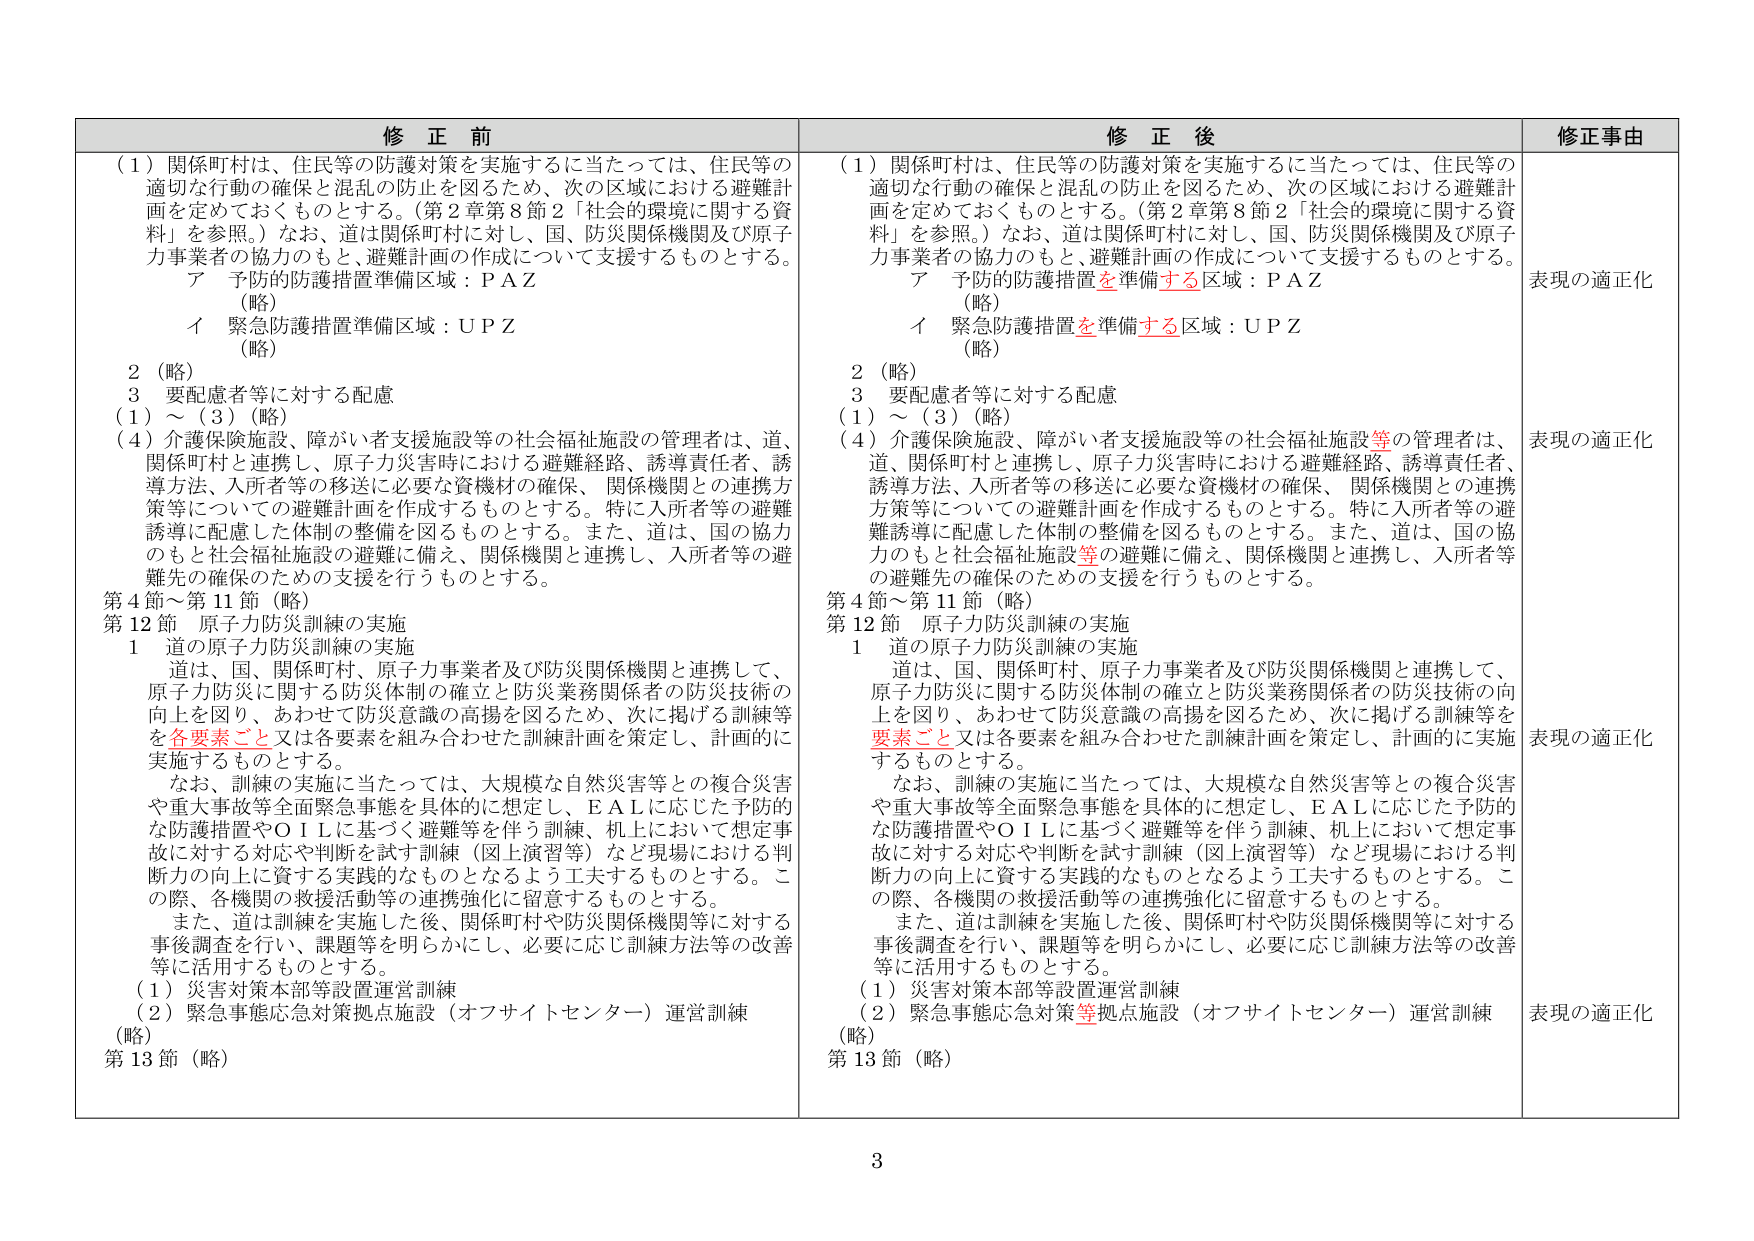
修正前
（1）関係町村は、住民等の防護対策を実施するに当たっては、住民等の適切な行動の確保と混乱の防止を図るため、次の区域における避難計画を定めておくものとする。（第2章第8節2「社会的環境に関する資料」を参照。）なお、道は関係町村に対し、国、防災関係機関及び原子力事業者の協力のもと、避難計画の作成について支援するものとする。
ア 予防的防護措置準備区域：ＰＡＺ
（略）
イ 緊急防護措置準備区域：ＵＰＺ
（略）
2 （略）
3 要配慮者等に対する配慮
（1）～（3）（略）
（4）介護保険施設、障がい者支援施設等の社会福祉施設の管理者は、道、関係町村と連携し、原子力災害時における避難経路、誘導責任者、誘導方法、入所者等の移送に必要な資機材の確保、関係機関との連携方策等についての避難計画を作成するものとする。特に入所者等の避難誘導に配慮した体制の整備を図るものとする。また、道は、国の協力のもと社会福祉施設の避難に備え、関係機関と連携し、入所者等の避難先の確保のための支援を行うものとする。
第4節～第11節（略）
第12節 原子力防災訓練の実施
1 道の原子力防災訓練の実施
道は、国、関係町村、原子力事業者及び防災関係機関と連携して、原子力防災に関する防災体制の確立と防災業務関係者の防災技術の向上を図り、あわせて防災意識の高揚を図るため、次に掲げる訓練等を各要素ごと又は各要素を組み合わせた訓練計画を策定し、計画的に実施するものとする。
なお、訓練の実施に当たっては、大規模な自然災害等との複合災害や重大事故等全面緊急事態を具体的に想定し、ＥＡＬに応じた予防的な防護措置やＯＩＬに基づく避難等を伴う訓練、機上において想定事故に対する対応や判断を試す訓練（図上演習等）など現場における判断力の向上に資する実践的なものとなるよう工夫するものとする。この際、各機関の救援活動等の連携強化に留意するものとする。
また、道は訓練を実施した後、関係町村や防災関係機関等に対する事後調査を行い、課題等を明らかにし、必要に応じ訓練方法等の改善等に活用するものとする。
（1）災害対策本部等設置運営訓練
（2）緊急事態応急対策拠点施設（オフサイトセンター）運営訓練
（略）
第13節（略）

修正後
（1）関係町村は、住民等の防護対策を実施するに当たっては、住民等の適切な行動の確保と混乱の防止を図るため、次の区域における避難計画を定めておくものとする。（第2章第8節2「社会的環境に関する資料」を参照。）なお、道は関係町村に対し、国、防災関係機関及び原子力事業者の協力のもと、避難計画の作成について支援するものとする。
ア 予防的防護措置を準備する区域：ＰＡＺ
（略）
イ 緊急防護措置を準備する区域：ＵＰＺ
（略）
2 （略）
3 要配慮者等に対する配慮
（1）～（3）（略）
（4）介護保険施設、障がい者支援施設等の社会福祉施設等の管理者は、道、関係町村と連携し、原子力災害時における避難経路、誘導責任者、誘導方法、入所者等の移送に必要な資機材の確保、関係機関との連携方策等についての避難計画を作成するものとする。特に入所者等の避難誘導に配慮した体制の整備を図るものとする。また、道は、国の協力のもと社会福祉施設等の避難に備え、関係機関と連携し、入所者等の避難先の確保のための支援を行うものとする。
第4節～第11節（略）
第12節 原子力防災訓練の実施
1 道の原子力防災訓練の実施
道は、国、関係町村、原子力事業者及び防災関係機関と連携して、原子力防災に関する防災体制の確立と防災業務関係者の防災技術の向上を図り、あわせて防災意識の高揚を図るため、次に掲げる訓練等を要素ごと又は各要素を組み合わせた訓練計画を策定し、計画的に実施するものとする。
なお、訓練の実施に当たっては、大規模な自然災害等との複合災害や重大事故等全面緊急事態を具体的に想定し、ＥＡＬに応じた予防的な防護措置やＯＩＬに基づく避難等を伴う訓練、機上において想定事故に対する対応や判断を試す訓練（図上演習等）など現場における判断力の向上に資する実践的なものとなるよう工夫するものとする。この際、各機関の救援活動等の連携強化に留意するものとする。
また、道は訓練を実施した後、関係町村や防災関係機関等に対する事後調査を行い、課題等を明らかにし、必要に応じ訓練方法等の改善等に活用するものとする。
（1）災害対策本部等設置運営訓練
（2）緊急事態応急対策等拠点施設（オフサイトセンター）運営訓練
（略）
第13節（略）

修正事由
表現の適正化
表現の適正化
表現の適正化
表現の適正化

3